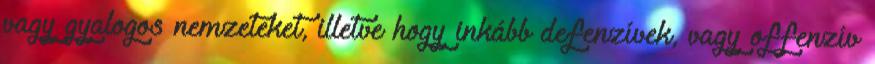
vagy gyalogos nemzeteket, illetve hogy inkább defenzívek, vagy offenzív